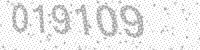
Solution: 019109